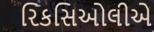
રિકસિઓલીએ